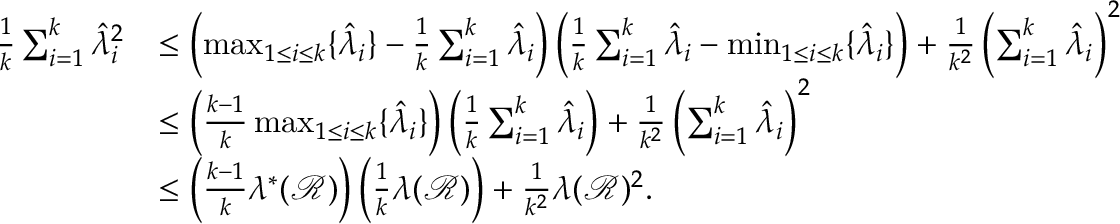
\begin{array} { r l } { \frac { 1 } { k } \sum _ { i = 1 } ^ { k } { \hat { \lambda } _ { i } } ^ { 2 } } & { \le \left( \operatorname* { m a x } _ { 1 \le i \le k } \{ \hat { \lambda } _ { i } \} - \frac { 1 } { k } \sum _ { i = 1 } ^ { k } \hat { \lambda } _ { i } \right) \left( \frac { 1 } { k } \sum _ { i = 1 } ^ { k } \hat { \lambda } _ { i } - \operatorname* { m i n } _ { 1 \le i \le k } \{ \hat { \lambda } _ { i } \} \right) + \frac { 1 } { k ^ { 2 } } \left( \sum _ { i = 1 } ^ { k } \hat { \lambda } _ { i } \right) ^ { 2 } } \\ & { \le \left( \frac { k - 1 } { k } \operatorname* { m a x } _ { 1 \le i \le k } \{ \hat { \lambda } _ { i } \} \right) \left( \frac { 1 } { k } \sum _ { i = 1 } ^ { k } \hat { \lambda } _ { i } \right) + \frac { 1 } { k ^ { 2 } } \left( \sum _ { i = 1 } ^ { k } \hat { \lambda } _ { i } \right) ^ { 2 } } \\ & { \le \left( \frac { k - 1 } { k } \lambda ^ { * } ( \mathcal { R } ) \right) \left( \frac { 1 } { k } \lambda ( \mathcal { R } ) \right) + \frac { 1 } { k ^ { 2 } } \lambda ( \mathcal { R } ) ^ { 2 } . } \end{array}